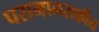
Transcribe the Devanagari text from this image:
परामानसकीय